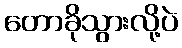
တောခိုသွားလို့ပဲ